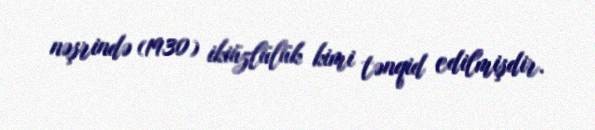
nəşrində (1930) ikiüzlülük kimi tənqid edilmişdir.